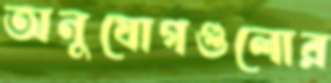
অনুযোগগুলোর